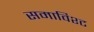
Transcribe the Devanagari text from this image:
समाविश्ट